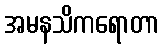
အမနသိကရောတာ